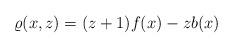
LaTeX: \begin{align*}\varrho(x, z)=(z+1)f(x)-zb(x)\end{align*}